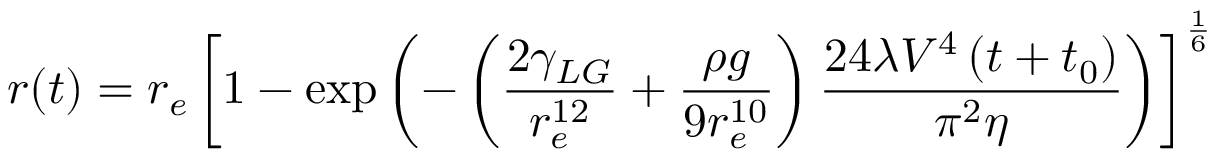
r ( t ) = r _ { e } \left[ 1 - \exp \left( - \left( { \frac { 2 \gamma _ { L G } } { r _ { e } ^ { 1 2 } } } + { \frac { \rho g } { 9 r _ { e } ^ { 1 0 } } } \right) { \frac { 2 4 \lambda V ^ { 4 } \left( t + t _ { 0 } \right) } { \pi ^ { 2 } \eta } } \right) \right] ^ { \frac { 1 } { 6 } }